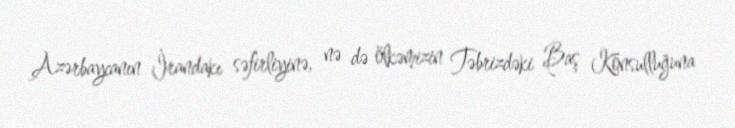
Azərbaycanın İrandakı səfirliyinə, nə də ölkəmizin Təbrizdəki Baş Konsulluğuna